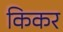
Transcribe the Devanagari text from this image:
किकर